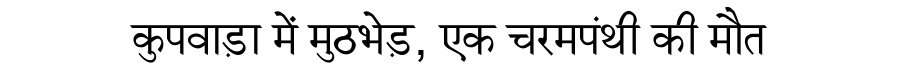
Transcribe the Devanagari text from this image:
कुपवाड़ा में मुठभेड़, एक चरमपंथी की मौत